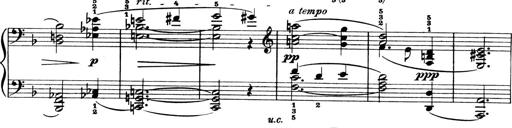
Title: 4 Sonatines
Composer: Max Reger